[Report on the health of British troops in the Madras command]
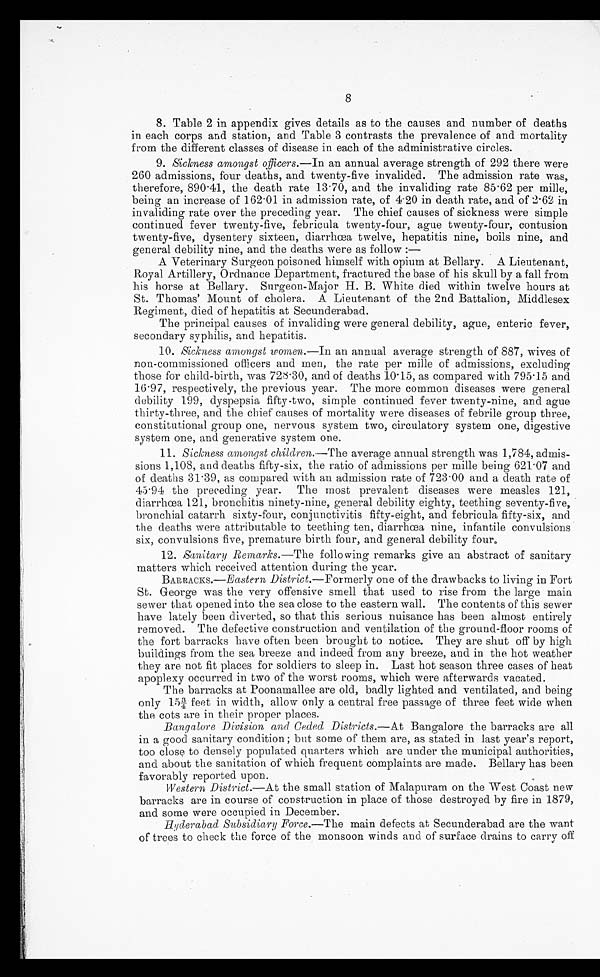
8
8. Table 2 in appendix gives details as to the causes and number of deaths
in each corps and station, and Table 3 contrasts the prevalence of and mortality
from the different classes of disease in each of the administrative circles.
9. Sickness amongst officers .—In an annual average strength of 292 there were
260 admissions, four deaths, and twenty-five invalided. The admission rate was,
therefore, 890.41, the death rate 13.70, and the invaliding rate 85.62 per milk,
being an increase of 162.01 in admission rate, of 4.20 in death rate, and of 2.62 in
invaliding rate over the preceding year. The chief causes of sickness were simple
continued fever twenty-five, febricula twenty-four, ague twenty-four, contusion
twenty-five, dysentery sixteen, diarrhœa twelve, hepatitis nine, boils nine, and
general debility nine, and the deaths were as follow:
—
A Veterinary Surgeon poisoned himself with opium at Bellary. A Lieutenant,
Royal Artillery, Ordnance Department, fractured the base of his skull by a fall from
his horse at Bellary. Surgeon-Major H. B. White died within twelve hours at
St. Thomas' Mount of cholera. A Lieutenant of the 2nd Battalion, Middlesex
Regiment, died of hepatitis at Secunderabad.
The principal causes of invaliding were general debility, ague, enteric fever,
secondary syphilis, and hepatitis.
10. Sickness amongst women .—In an annual average strength of 887, wives of
non-commissioned officers and men, the rate per mille of admissions, excluding
those for child-birth, was 72.30, and of deaths 10.15, as compared with 795.15 and
16.97, respectively, the previous year. The more common diseases were general
debility 199, dyspepsia fifty-two, simple continued fever twenty-nine, and ague
thirty-three, and the chief' causes of mortality were diseases of febrile group three,
constitutional group one, nervous system two, circulatory system one, digestive
system one, and generative system one.
11. Sickness amongst children.—The average annual strength was 1,784, admis-
sions 1,108, and deaths fifty-six, the ratio of admissions per milk being 621.07 and
of deaths 31.39, as compared with an admission rate of 723.00 and a death rate of
45.94 the preceding year. The most prevalent diseases were measles 121,
diarrhoea 121, bronchitis ninety-nine, general debility eighty, teething seventy-five,
bronchial catarrh sixty-four, conjunctivitis fifty-eight, and febricula fifty-six, and
the deaths were attributable to teething ten, diarrhœa nine, infantile convulsions
six, convulsions five, premature birth four, and general debility four.
12. Sanitary Remarks.—The following remarks give an abstract of sanitary
matters which received attention during the year.
BARRACKS.— Eastern District .—Formerly one of the drawbacks to living in Fort
St. George was the very offensive smell that used to rise from the large main
sewer that opened into the sea close to the eastern wall. The contents of this sewer
have lately been diverted, so that this serious nuisance has been almost entirely
removed. The defective construction and ventilation of the ground-floor rooms of
the fort barracks have often been brought to notice. They are shut off by high
buildings from the sea breeze and indeed from any breeze, and in the hot weather
they are not fit places for soldiers to sleep in. Last hot season three cases of heat
apoplexy occurred in two of the worst rooms, which were afterwards vacated.
The barracks at Poonamallee are old, badly lighted and ventilated, and being
only 15¾ feet in width, allow only a central free passage of three feet wide when
the cots are in their proper places.
Bangalore Division and Ceded Districts .—At Bangalore the barracks are all
in a good sanitary condition; but some of them are, as stated in last year's report,
too close to densely populated quarters which are under the municipal authorities,
and about the sanitation of which frequent complaints are made. Bellary has been
favorably reported upon.
Western District .—At the small station of Malapuram on the West Coast new
barracks are in course of construction in place of those destroyed by fire in 1879,
and some were occupied in December.
Hyderabad Subsidiary Force .—The main defects at Secunderabad are the want
of trees to check the force of the monsoon winds and of surface drains to carry off